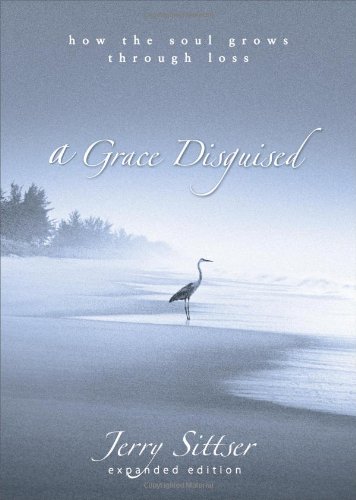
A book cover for A Grace Disguised: How the Soul Grows through Loss; Jerry L. Sittser; Self-Help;